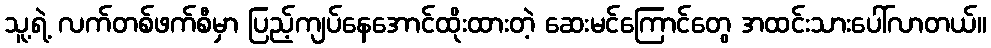
သူ့ရဲ့ လက်တစ်ဖက်စီမှာ ပြည့်ကျပ်နေအောင်ထိုးထားတဲ့ ဆေးမင်ကြောင်တွေ အထင်းသားပေါ်လာတယ်။